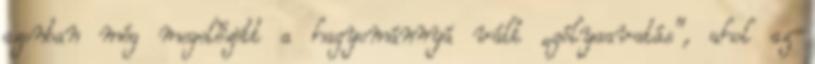
azonban még megelőzött a hagyománnyá vált „gólyaavatás”, ahol az